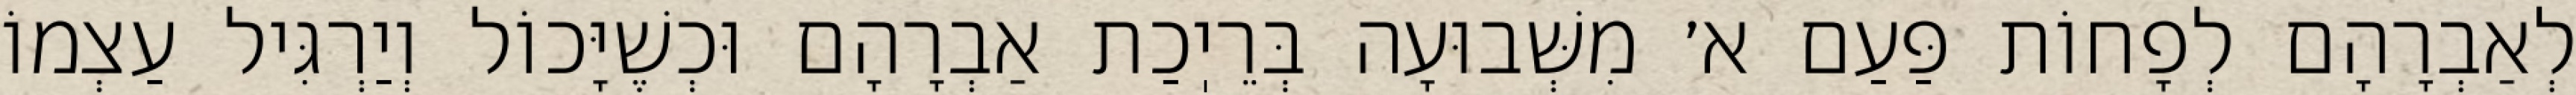
לְאַבְרָהָם לְפָחוֹת פַּעַם א׳ מִשְּׁבוּעָה בְּרֵיֽכַת אַבְרָהָם וּכְשֶׁיָּכוֹל וְיַרְגִּיל עַצְמוֹ